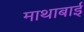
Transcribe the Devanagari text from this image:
माथाबाई